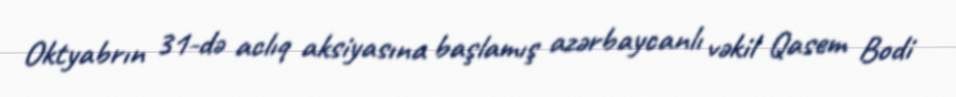
Oktyabrın 31-də aclıq aksiyasına başlamış azərbaycanlı vəkil Qasem Bodi